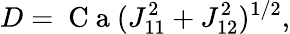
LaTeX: D=\mathrm{~C~a~}(J_{11}^{2}+J_{12}^{2})^{1/2},